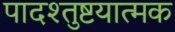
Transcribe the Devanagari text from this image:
पादश्तुष्टयात्मक